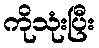
ကိုသုံးပြီး